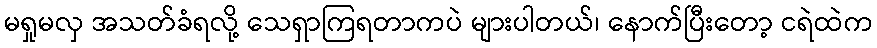
မရှုမလှ အသတ်ခံရလို့ သေရှာကြရတာကပဲ များပါတယ်၊ နောက်ပြီးတော့ ငရဲထဲက